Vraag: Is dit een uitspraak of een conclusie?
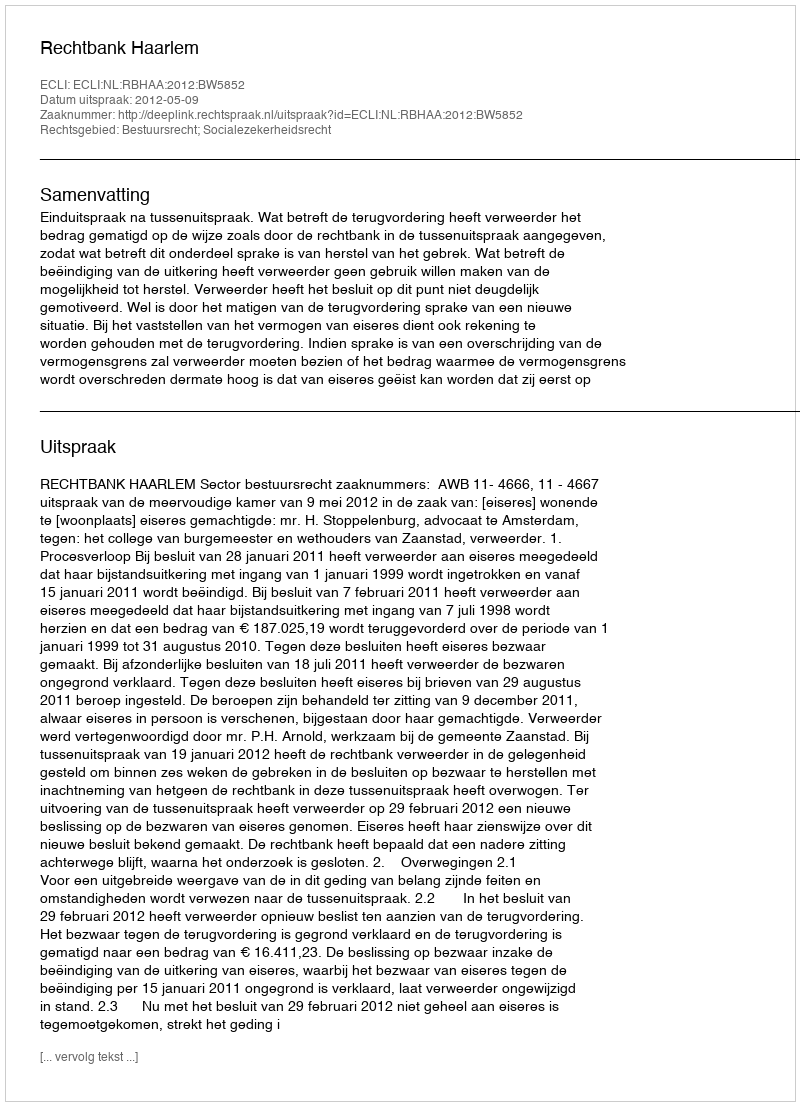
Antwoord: Uitspraak